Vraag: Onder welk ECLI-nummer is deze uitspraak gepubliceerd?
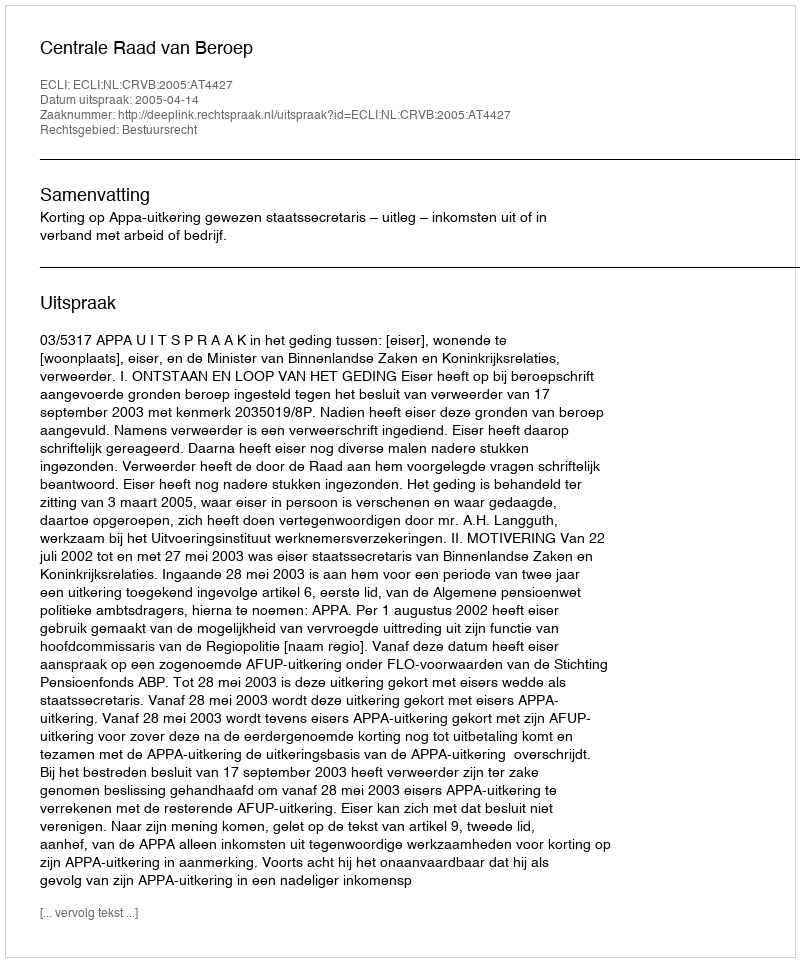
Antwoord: ECLI:NL:CRVB:2005:AT4427